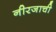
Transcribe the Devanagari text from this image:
नीरजाची